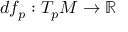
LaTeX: d f _ { p } : T _ { p } M \to \mathbb { R }